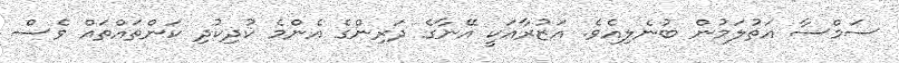
ސަމްސާ އަތުލަމުން ބުނެލިއެވެ. އަޒުރާއަކީ އޭނާގެ ދަރިންގެ އެންމެ ކުދިކުދި ކަންތައްތައް ވެސް